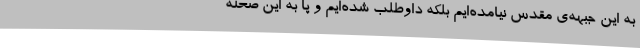
به این جبهه‌ی مقدس نیامده‌ایم بلکه داوطلب شده‌ایم و پا به این صحنه